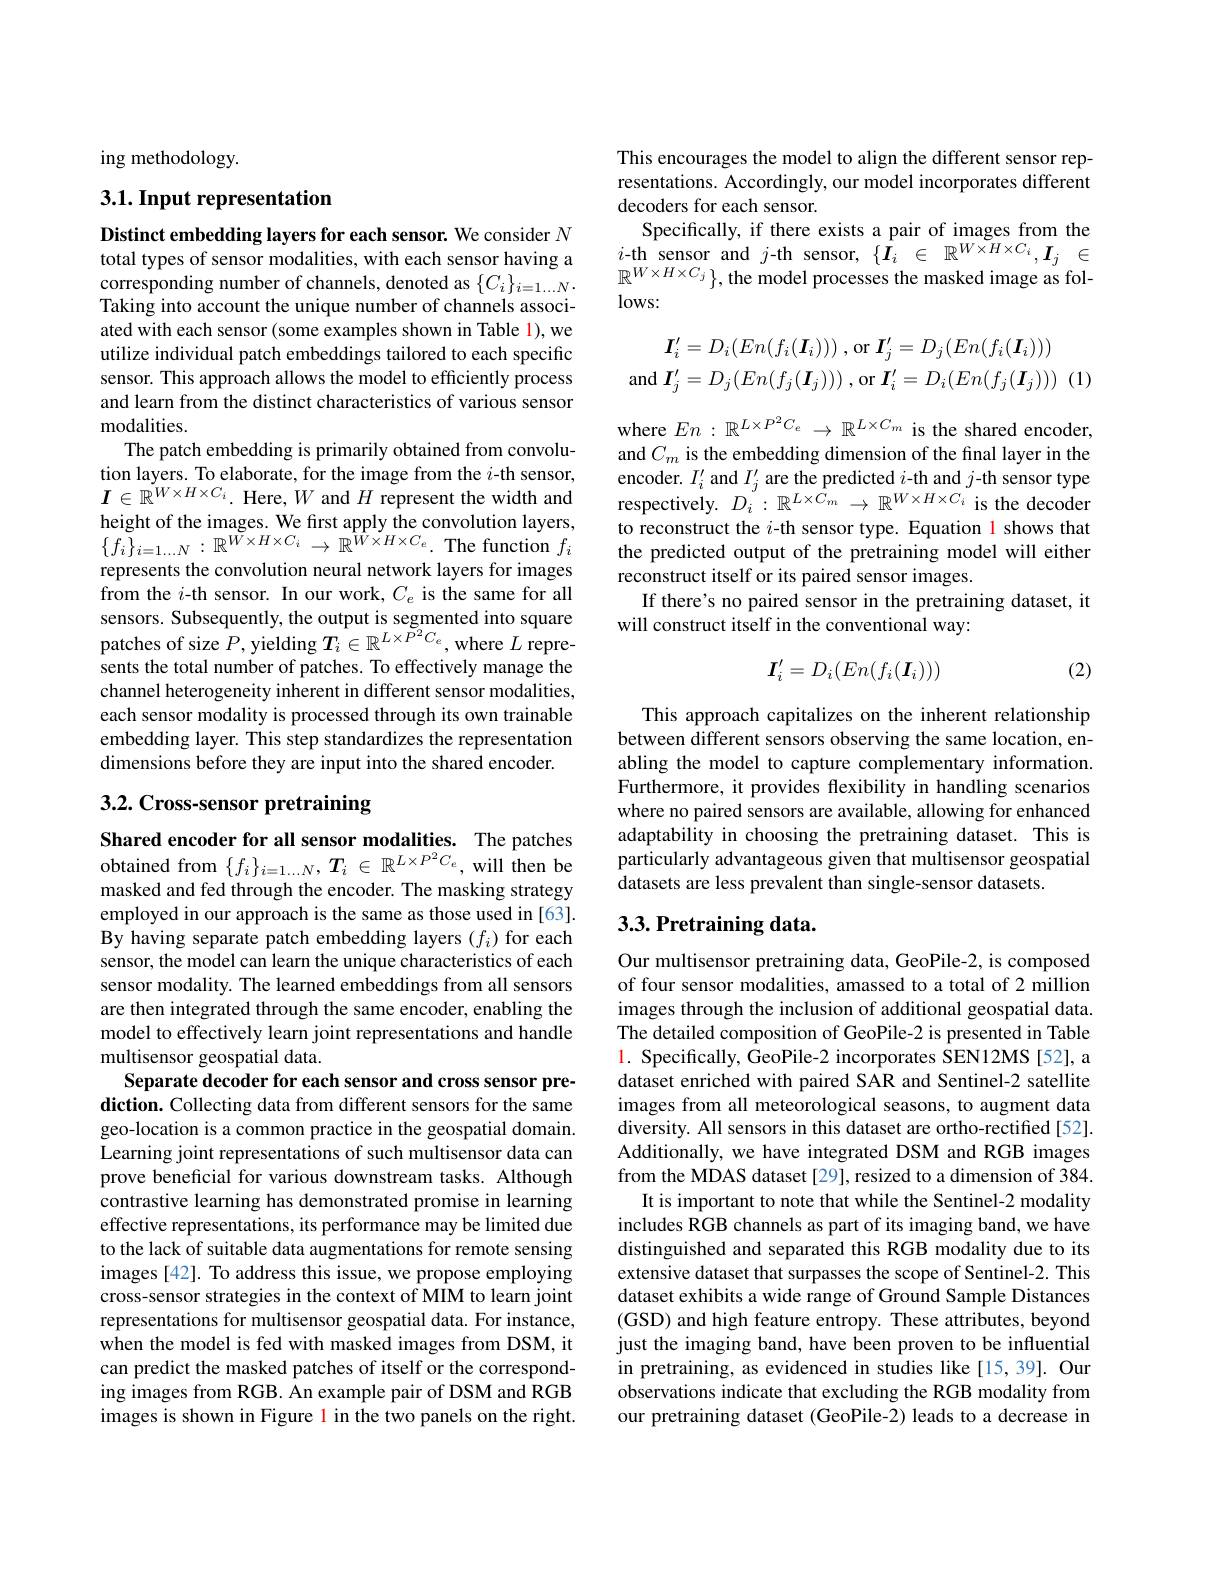
ing methodology.

## 3.1. Input representation

Distinct embedding layers for each sensor. We consider $N$ total types of sensor modalities, with each sensor having a corresponding number of channels, denoted as $\{C_i\}_{i=1\ldots N}.$ Taking into account the unique number of channels associated with each sensor (some examples shown in Table l), we utilize individual patch embeddings tailored to each specific sensor. This approach allows the model to efficiently process and learn from the distinct characteristics of various sensor modalities.
The patch embedding is primarily obtained from convolution layers. To elaborate, for the image from the $i$-th sensor, $I\in\mathbb{R}^{W\times H\times C_{i}}.$ Here,$W$ and $H$ represent the width and height of the images. We first apply the convolution layers, $\{\tilde{f_{i}}\}_{i=1\ldots N}:\mathbb{R}^{\tilde{W}\times H\times C_{i}}\to\mathbb{R}^{\tilde{W}\times H\times C_{e}}.$The function $f_{i}$ represents the convolution neural network layers for images from the $i$-th sensor. In our work, $C_e$ is the same for all sensors. Subsequently, the output is segmented into square patches of size $P$, yielding $T_i\in\mathbb{R}^{L\times P^2C_e}$, where $L$ represents the total number of patches. To effectively manage the channel heterogeneity inherent in different sensor modalities, each sensor modality is processed through its own trainable embedding layer. This step standardizes the representation dimensions before they are input into the shared encoder.

# 3.2. Cross-sensor pretraining

Shared encoder for all sensor modalities. The patches obtained from $\{f_i\}_{i=1\ldots N},\boldsymbol{T}_i\in\mathbb{R}^{L\times P^2C_e}$,will then be masked and fed through the encoder. The masking strategy employed in our approach is the same as those used in [63]. By having separate patch embedding layers $(f_i)$ for each sensor, the model can learn the unique characteristics of each sensor modality. The learned embeddings from all sensors are then integrated through the same encoder, enabling the model to effectively learn joint representations and handle multisensor geospatial data.
Separate decoder for each sensor and cross sensor pre-

diction. Collecting data from different sensors for the same geo-location is a common practice in the geospatial domain. Learning joint representations of such multisensor data can prove beneficial for various downstream tasks. Although contrastive learning has demonstrated promise in learning effective representations, its performance may be limited due to the lack of suitable data augmentations for remote sensing images [42]. To address this issue, we propose employing cross-sensor strategies in the context of MIM to learn joint representations for multisensor geospatial data. For instance, when the model is fed with masked images from DSM, it can predict the masked patches of itself or the corresponding images from RGB. An example pair of DSM and RGB images is shown in Figure l in the two panels on the right.

This encourages the model to align the different sensor representations. Accordingly, our model incorporates different decoders for each sensor.
Specifically, if there exists a pair of images from the $i$-th sensor and $j$-th sensor,$\{\hat{I}_i~\in~\mathbb{R}^{W\times H\times C_{i}},I_{j}~\in$ $\mathbb{R}^{W\times H\times C_j}\}$,the model processes the masked image as fol $lows:$
$$\boldsymbol{I}_i'=D_i(En(f_i(\boldsymbol{I}_i)))\:,\mathrm{or}\:\boldsymbol{I}_j'=D_j(En(f_i(\boldsymbol{I}_i)))$$
and $\boldsymbol{I}_{j}^{\prime}=D_{j}(En(f_{j}(\boldsymbol{I}_{j})))$ ,or $\boldsymbol{I}_{i}^{\prime }= D_{i}( En( f_{j}( \boldsymbol{I}_{j}) ) )$ (1)

where $En:\mathbb{R}^{L\times P^2C_e}\to\mathbb{R}^{L\times C_m}$ is the shared encoder, and $C_m$ is the embedding dimension of the final layer in the encoder. $I_i^{\prime}$ and $I_j^{\prime}$ are the predicted $i$-th and $j$-th sensor type respectively.$D_i^{J}:\mathbb{R}^{L\times{\hat{C}}_{m}}\to\mathbb{R}^{W\times H\times C_{i}}$is the decoder to reconstruct the $i$-th sensor type. Equation l shows that the predicted output of the pretraining model will either reconstruct itself or its paired sensor images.
If there's no paired sensor in the pretraining dataset, it
will construct itself in the conventional way:
$$I_i^{\prime}=D_i(En(f_i(\boldsymbol{I}_i)))$$
(2)

This approach capitalizes on the inherent relationship between different sensors observing the same location, enabling the model to capture complementary information. Furthermore, it provides flexibility in handling scenarios where no paired sensors are available, allowing for enhanced adaptability in choosing the pretraining dataset. This is particularly advantageous given that multisensor geospatial datasets are less prevalent than single-sensor datasets.

## 3.3. Pretraining data.

Our multisensor pretraining data, GeoPile-2, is composed of four sensor modalities, amassed to a total of 2 million images through the inclusion of additional geospatial data. The detailed composition of GeoPile-2 is presented in Table l. Specifically, GeoPile-2 incorporates SEN12MS [52], a dataset enriched with paired SAR and Sentinel-2 satellite images from all meteorological seasons, to augment data diversity. All sensors in this dataset are ortho-rectified[52]. Additionally, we have integrated DSM and RGB images from the MDAS dataset [29], resized to a dimension of 384.
It is important to note that while the Sentinel-2 modality includes RGB channels as part of its imaging band, we have distinguished and separated this RGB modality due to its extensive dataset that surpasses the scope of Sentinel-2. This dataset exhibits a wide range of Ground Sample Distances (GSD) and high feature entropy. These attributes, beyond just the imaging band, have been proven to be influential in pretraining, as evidenced in studies like[15,39]. Our observations indicate that excluding the RGB modality from our pretraining dataset (GeoPile-2) leads to a decrease in